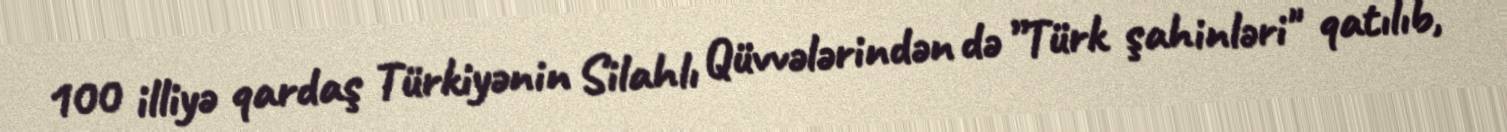
100 illiyə qardaş Türkiyənin Silahlı Qüvvələrindən də ”Türk şahinləri" qatılıb,